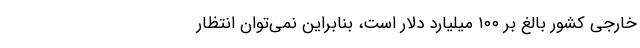
خارجی کشور بالغ بر ۱۰۰ میلیارد دلار است، بنابراین نمی‌توان انتظار